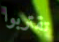
تقتربوا